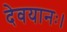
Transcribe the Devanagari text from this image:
देवयानः।